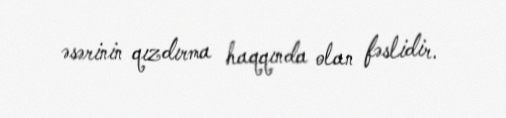
əsərinin qızdırma haqqında olan fəslidir.